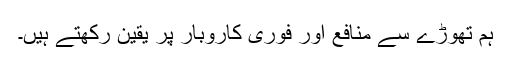
ہم تھوڑے سے منافع اور فوری کاروبار پر یقین رکھتے ہیں۔